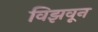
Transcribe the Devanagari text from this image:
विझवून